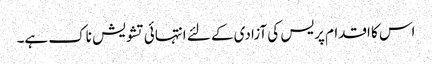
اس کا اقدام پریس کی آزادی کے لئے انتہائی تشویش ناک ہے۔